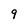
Character: q